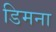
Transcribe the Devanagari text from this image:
डिमना